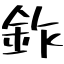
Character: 鈼